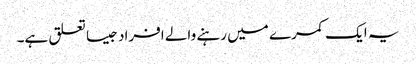
یہ ایک کمرے میں رہنے والے افراد جیسا تعلق ہے۔